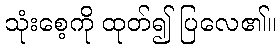
သုံးစေ့ကို ထုတ်၍ ပြလေ၏။